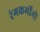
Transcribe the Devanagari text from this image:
रंगकर्मींनी